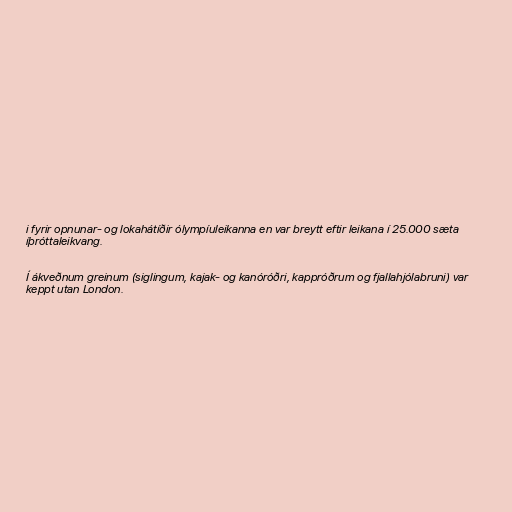
i fyrir opnunar- og lokahátíðir ólympíuleikanna en var breytt eftir leikana í 25.000 sæta
íþróttaleikvang.

Í ákveðnum greinum (siglingum, kajak- og kanóróðri, kappróðrum og fjallahjólabruni) var
keppt utan London.